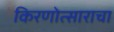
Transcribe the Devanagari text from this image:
किरणोत्साराचा